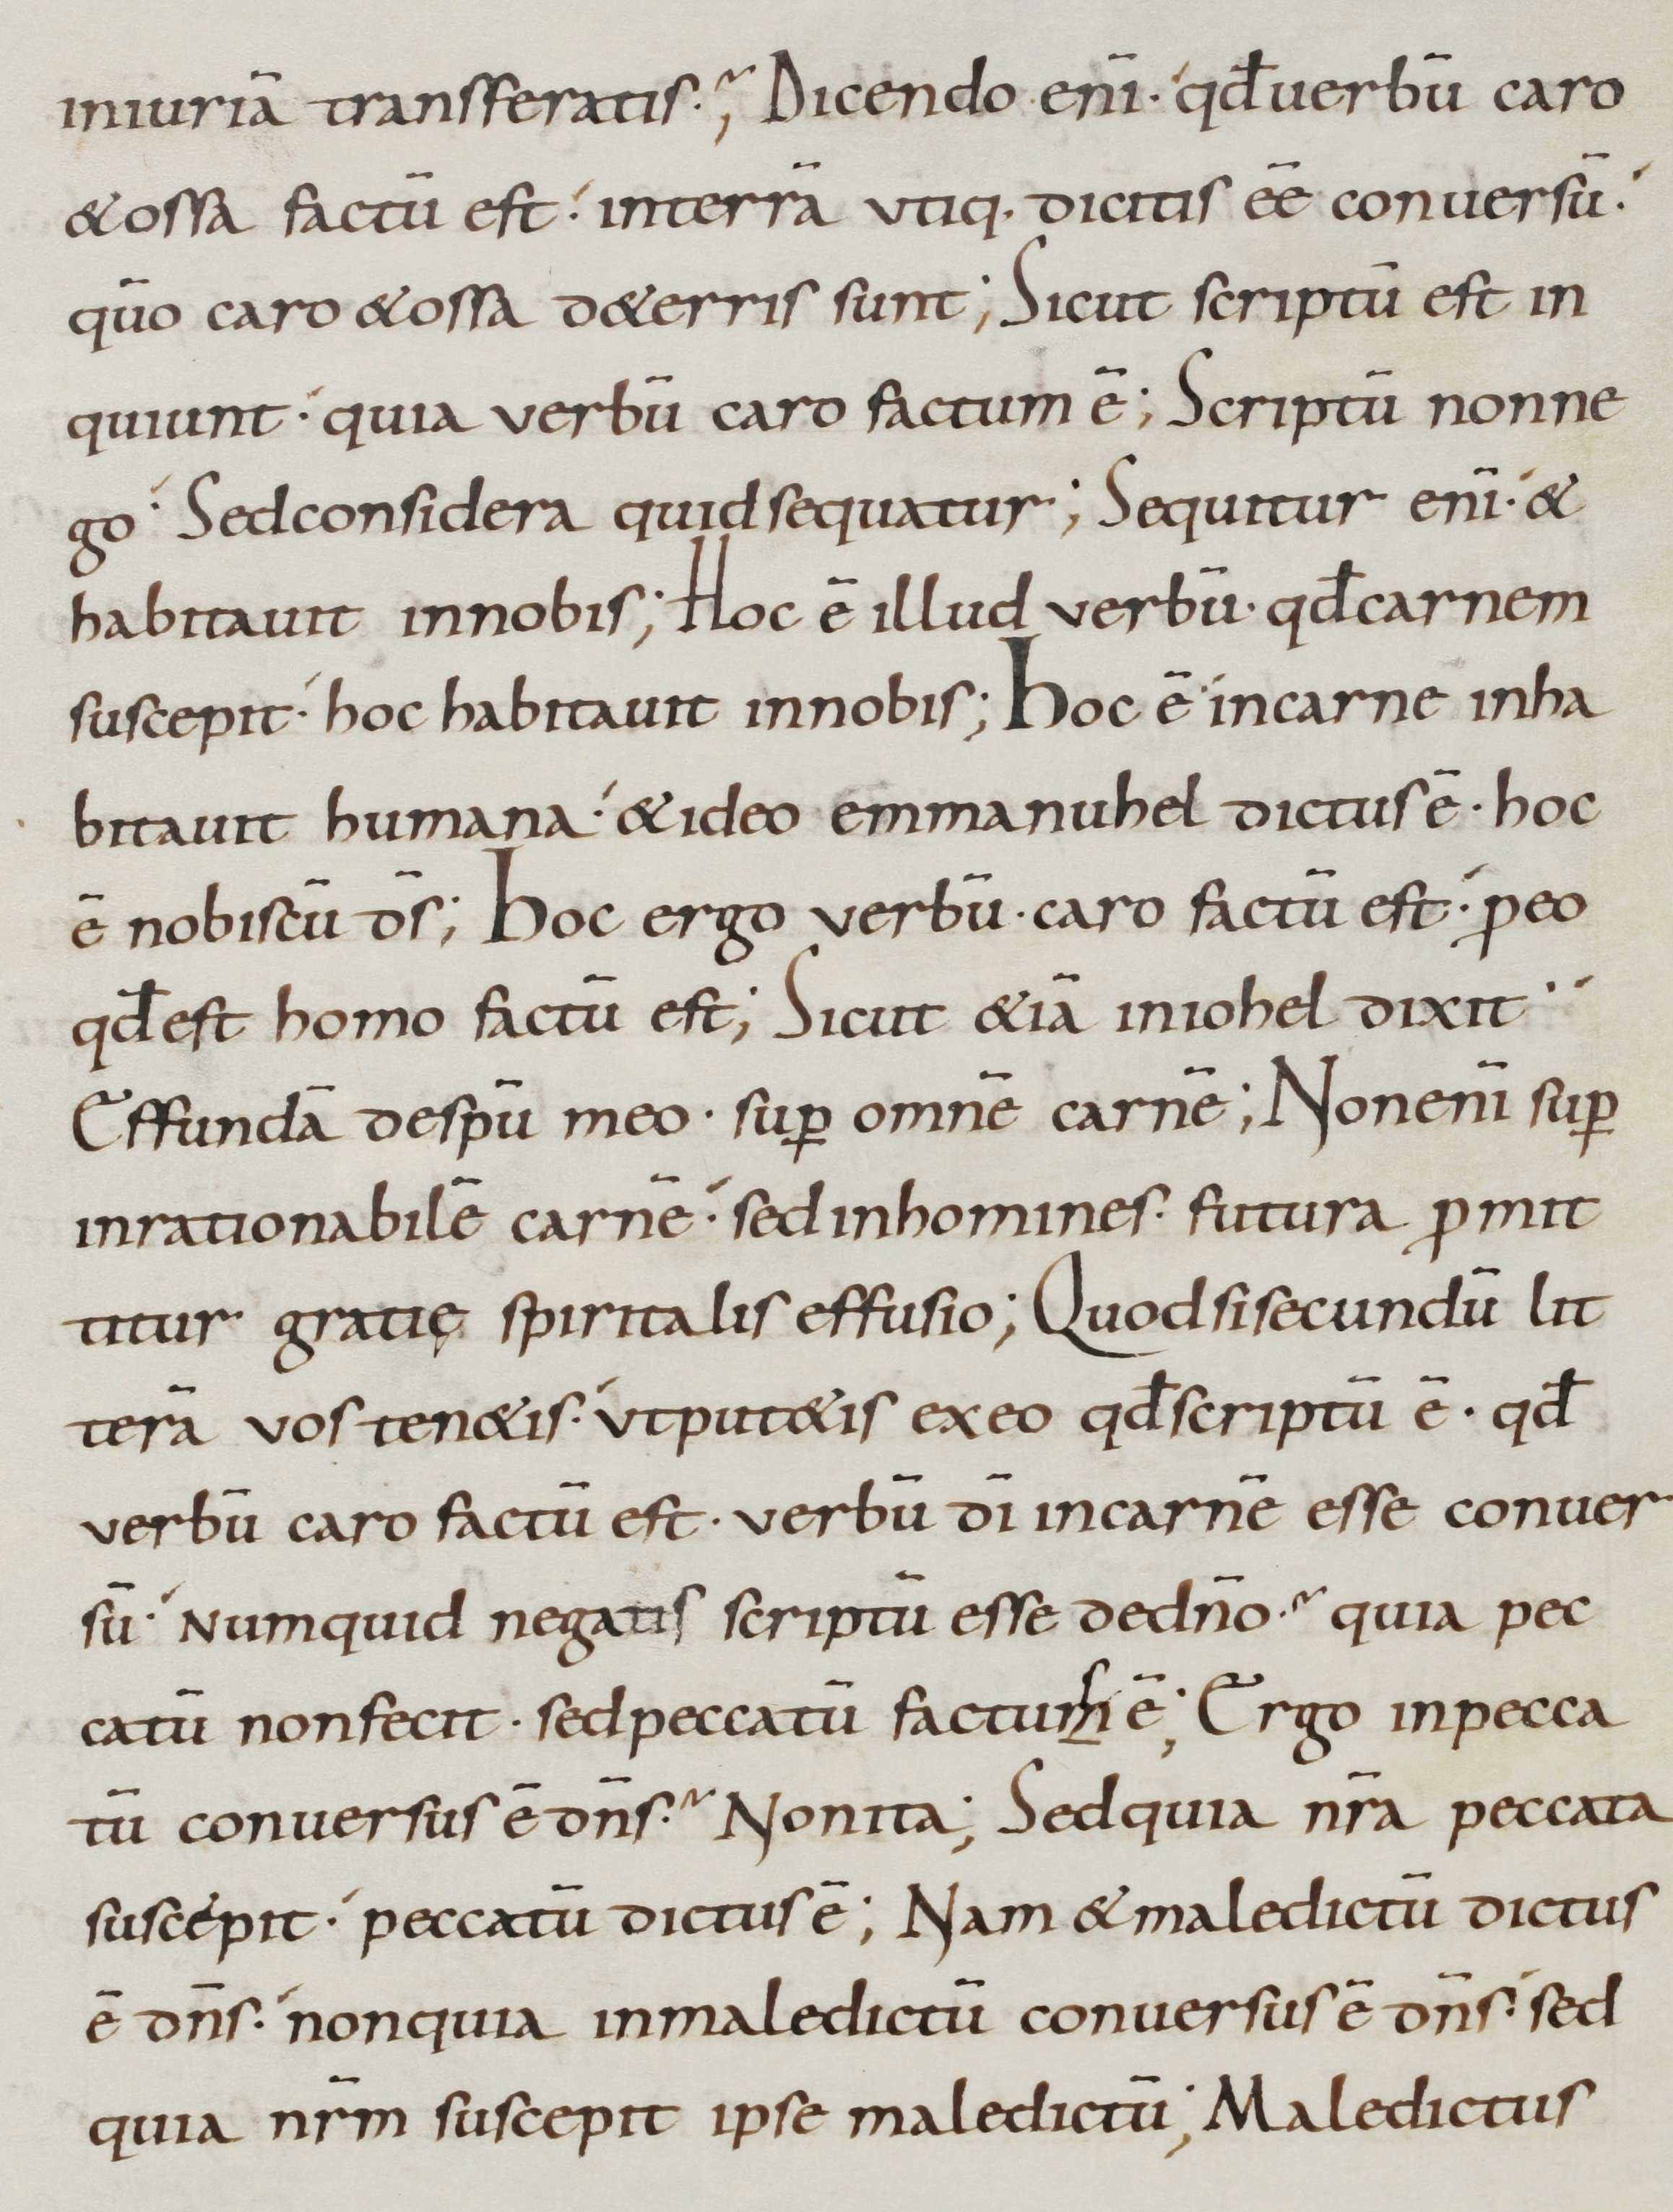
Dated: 900–999